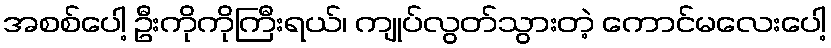
အစစ်ပေါ့ ဦးကိုကိုကြီးရယ်၊ ကျုပ်လွတ်သွားတဲ့ ကောင်မလေးပေါ့